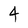
Character: 4